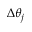
\Delta \theta _ { j }